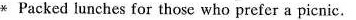
* Packed lunches for those who prefer a picnic.